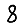
Digit: 8